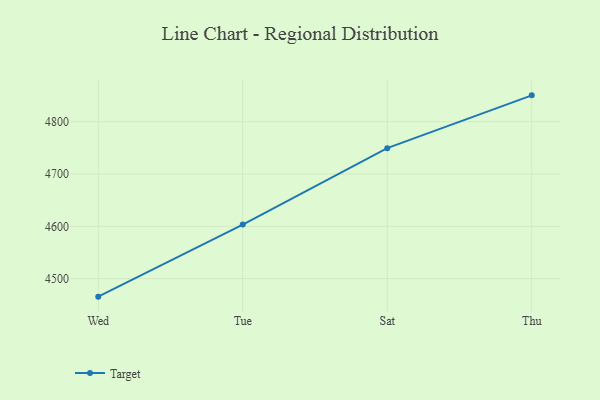
{"axis": {"x": "Day", "y": "Net Income (USD K)"}, "legend": ["Target"], "data": [{"x": "Wed", "y": 4465.5, "type": "Target"}, {"x": "Tue", "y": 4603.4, "type": "Target"}, {"x": "Sat", "y": 4749.4, "type": "Target"}, {"x": "Thu", "y": 4850.4, "type": "Target"}]}